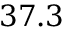
3 7 . 3